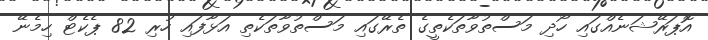
އޮޕަރޭޝަނެއްގައި ހޯދި މަސްތުވާތަކެތީގެ ތެރޭގައި މަސްތުވާތަކެތި އަޅާފައި ހުރި 82 ޕެކެޓް ހިމެނޭ